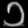
Digit: ၁